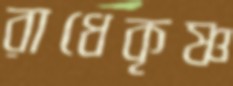
রাধেকৃষ্ণ